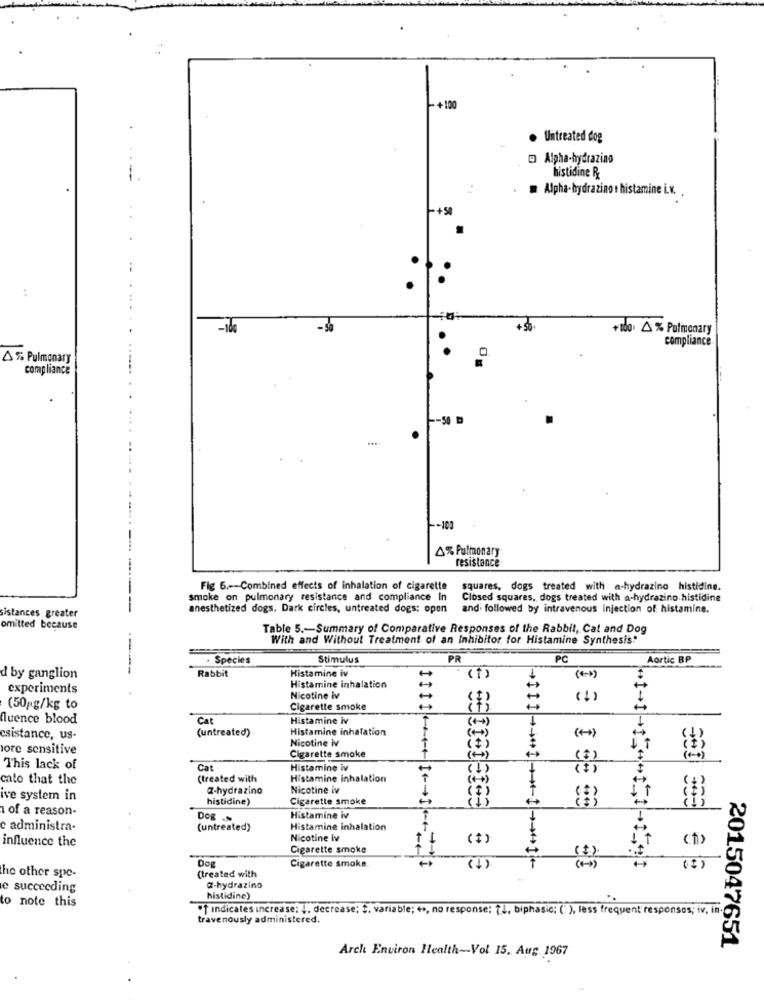
:
+100
Untreated dog
- Alpha-hydrazino
histidine R
Alpha- hydrazinot histamine i.v.
-+50
-ido
+ 50
+100 % Pulmonary
compliance
% Pulmonary
compliance
-- 50 0
-103
4% Pulmonary
resistance
Fig 6 .-- Combined effects of inhalation of cigarette
squares, dogs treated with a-hydrazino histidine.
smoke on pulmonary resistance and compliance In
Closed squares, dogs treated with a-hydrazino histidine
anesthetized dogs, Dark circles, untreated dogs: open
and. followed by intravenous injection of histamine.
istances greater
omitted because
Table 5 .- Summary of Comparative Responses of the Rabbit, Cat and Dog
With and Without Treatment of an Inhibitor for Histamine Synthesis"
. Species
Stimulus
PR
PC
Aortic BP
Rabbit
Histamine iv
d by ganglion
(1)
experiments
Histamine inhalation
Nicotine iv
( 1)
(50gg/kg to
Cigarette smoke
Quence blood
Cat
Histamine iv
(untreated)
Histamine inhalation
( + )
csistance, us-
Nicotine iv
ore sensitive
Cigarette smoke
(T)
( 2)
This lack of
Cat
Histamine iv
cato that the
(treated with
Histamine inhalation
Z-hydrazino
Nicotine iv
ive system in
histidine)
Cigarette smoke
of a reason-
363 905
Dog
Histamine iv
c administra-
(untreated)
Histamine inhalation
influence the
Nicotine Iv
1
( +)
Cigarette smoke
Dog
(treated with
Cigarette smoke.
(1)
( I)
the other spe-
e succeeding
Z-hydrazino
to note this
histidine)
** indicates increase: I, decrease; t. variable; ++, no response: 2.4, biphasic; (" ), less frequent' responses; iv, in
travenously administered.
2015047651
Arch Environ Health-Vol 15. Aug 1967